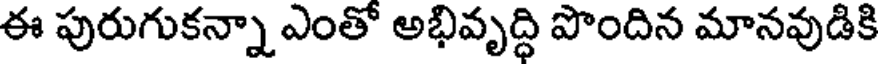
ఈ పురుగుకన్నా ఎంతో అభివృద్ధి పొందిన మానవుడికి